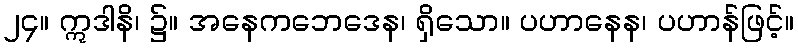
၂၄။ ဣဒါနိ၊ ၌။ အနေကဘေဒေန၊ ရှိသော။ ပဟာနေန၊ ပဟာန်ဖြင့်။